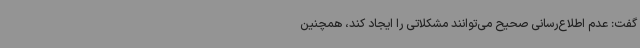
گفت: عدم اطلاع‌رسانی صحیح می‌توانند مشکلاتی را ایجاد کند، همچنین